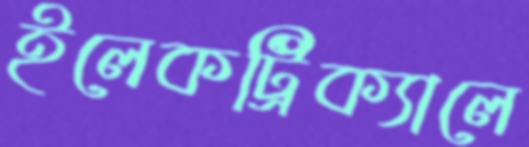
ইলেকট্রিক্যালে